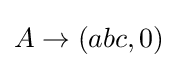
A\to (abc,0)